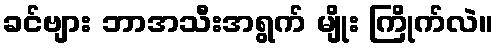
ခင်ဗျား ဘာအသီးအရွက် မျိုး ကြိုက်လဲ။